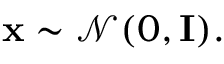
\begin{array} { r } { { \mathbf x } \sim \mathcal { N } ( 0 , { \bf I } ) . } \end{array}